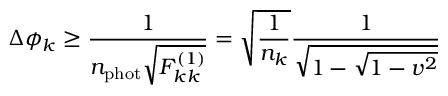
\Delta \phi _ { k } \ge \frac { 1 } { n _ { \mathrm { p h o t } } \sqrt { F _ { k k } ^ { ( 1 ) } } } = \sqrt { \frac { 1 } { n _ { k } } } \frac { 1 } { \sqrt { 1 - \sqrt { 1 - v ^ { 2 } } } }